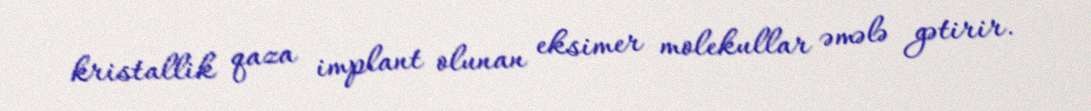
kristallik qaza implant olunan eksimer molekullar əmələ gətirir.